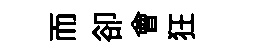
而卻會狂